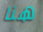
هنا